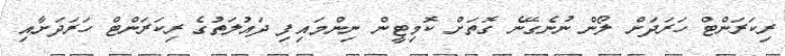
ރިކަރަންޓް ހަރަދަށް ލޯން ނުނެގޭނެ ގޮތަށް ކޮމިޓީން ނިންމައިފި ދައުލަތުގެ ރިކަރަންޓް ހަރަދަށާއި